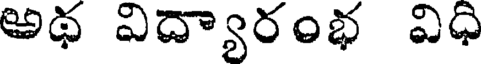
అథ విద్యారంభ విధి